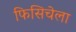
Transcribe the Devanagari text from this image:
फिसिचेला